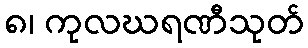
၈၊ ကုလဃရဏီသုတ်